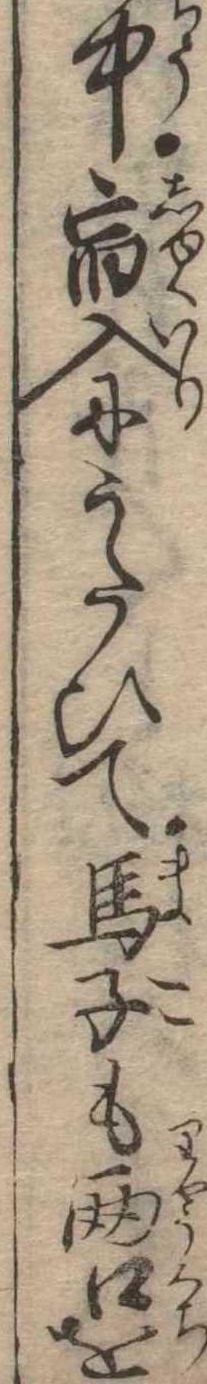
中宿入にうたひて馬子も両口を